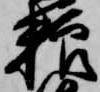
粮